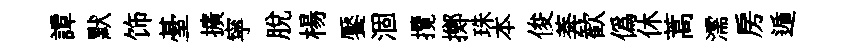
譚默饰䑓擴寜脱楊饜涸攬擲珠本俊莾歓偽休蒿濡房遁